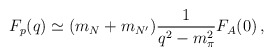
\begin{align*}F_{p}(q)\simeq (m_{N}+m_{N^{\prime}})\frac{1}{q^{2}-m_{\pi }^{2}} F_{A}(0)\, ,\end{align*}